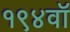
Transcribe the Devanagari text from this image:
१९४वॉ